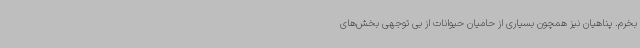
بخرم. پناهیان نیز همچون بسیاری از حامیان حیوانات از بی توجهی بخش‌های